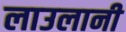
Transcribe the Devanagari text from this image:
लाउलानी